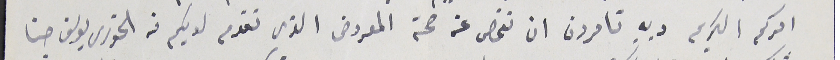
امركم الكريم وبه تامرون ان نفحص عن صحة المعروض الذي تقدم لديكم منه الخورى يوسف حنا